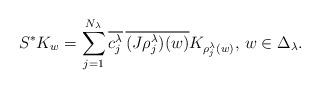
LaTeX: \begin{align*}S^*K_w = \sum_{j=1}^{N_\lambda}\overline{c_j^\lambda}\, \overline{(J\rho_j^\lambda)(w)}K_{\rho_j^\lambda(w)}, \,w \in \Delta_\lambda. \end{align*}